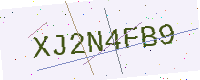
Text: XJ2N4FB9